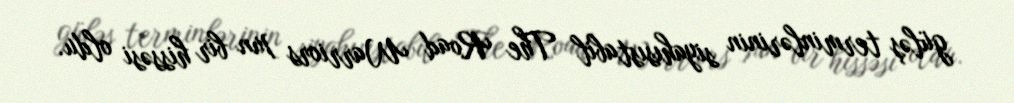
güləş terminlərinin siyahısıstabil The Road Warriors ]un bir hissəsi oldu.